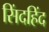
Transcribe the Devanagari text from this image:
सिंदहिंद